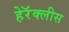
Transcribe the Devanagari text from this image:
हेरॅक्लीस